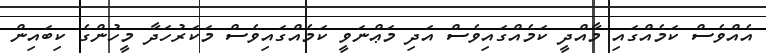
އެއްވެސް ކަމެއްގައި މާއްދީ ކަމެއްގައިވެސް އަދި މަޢްނަވީ ކަމެއްގައިވެސް މަކަރުހަދާ މީހުންގެ ކިބައިން